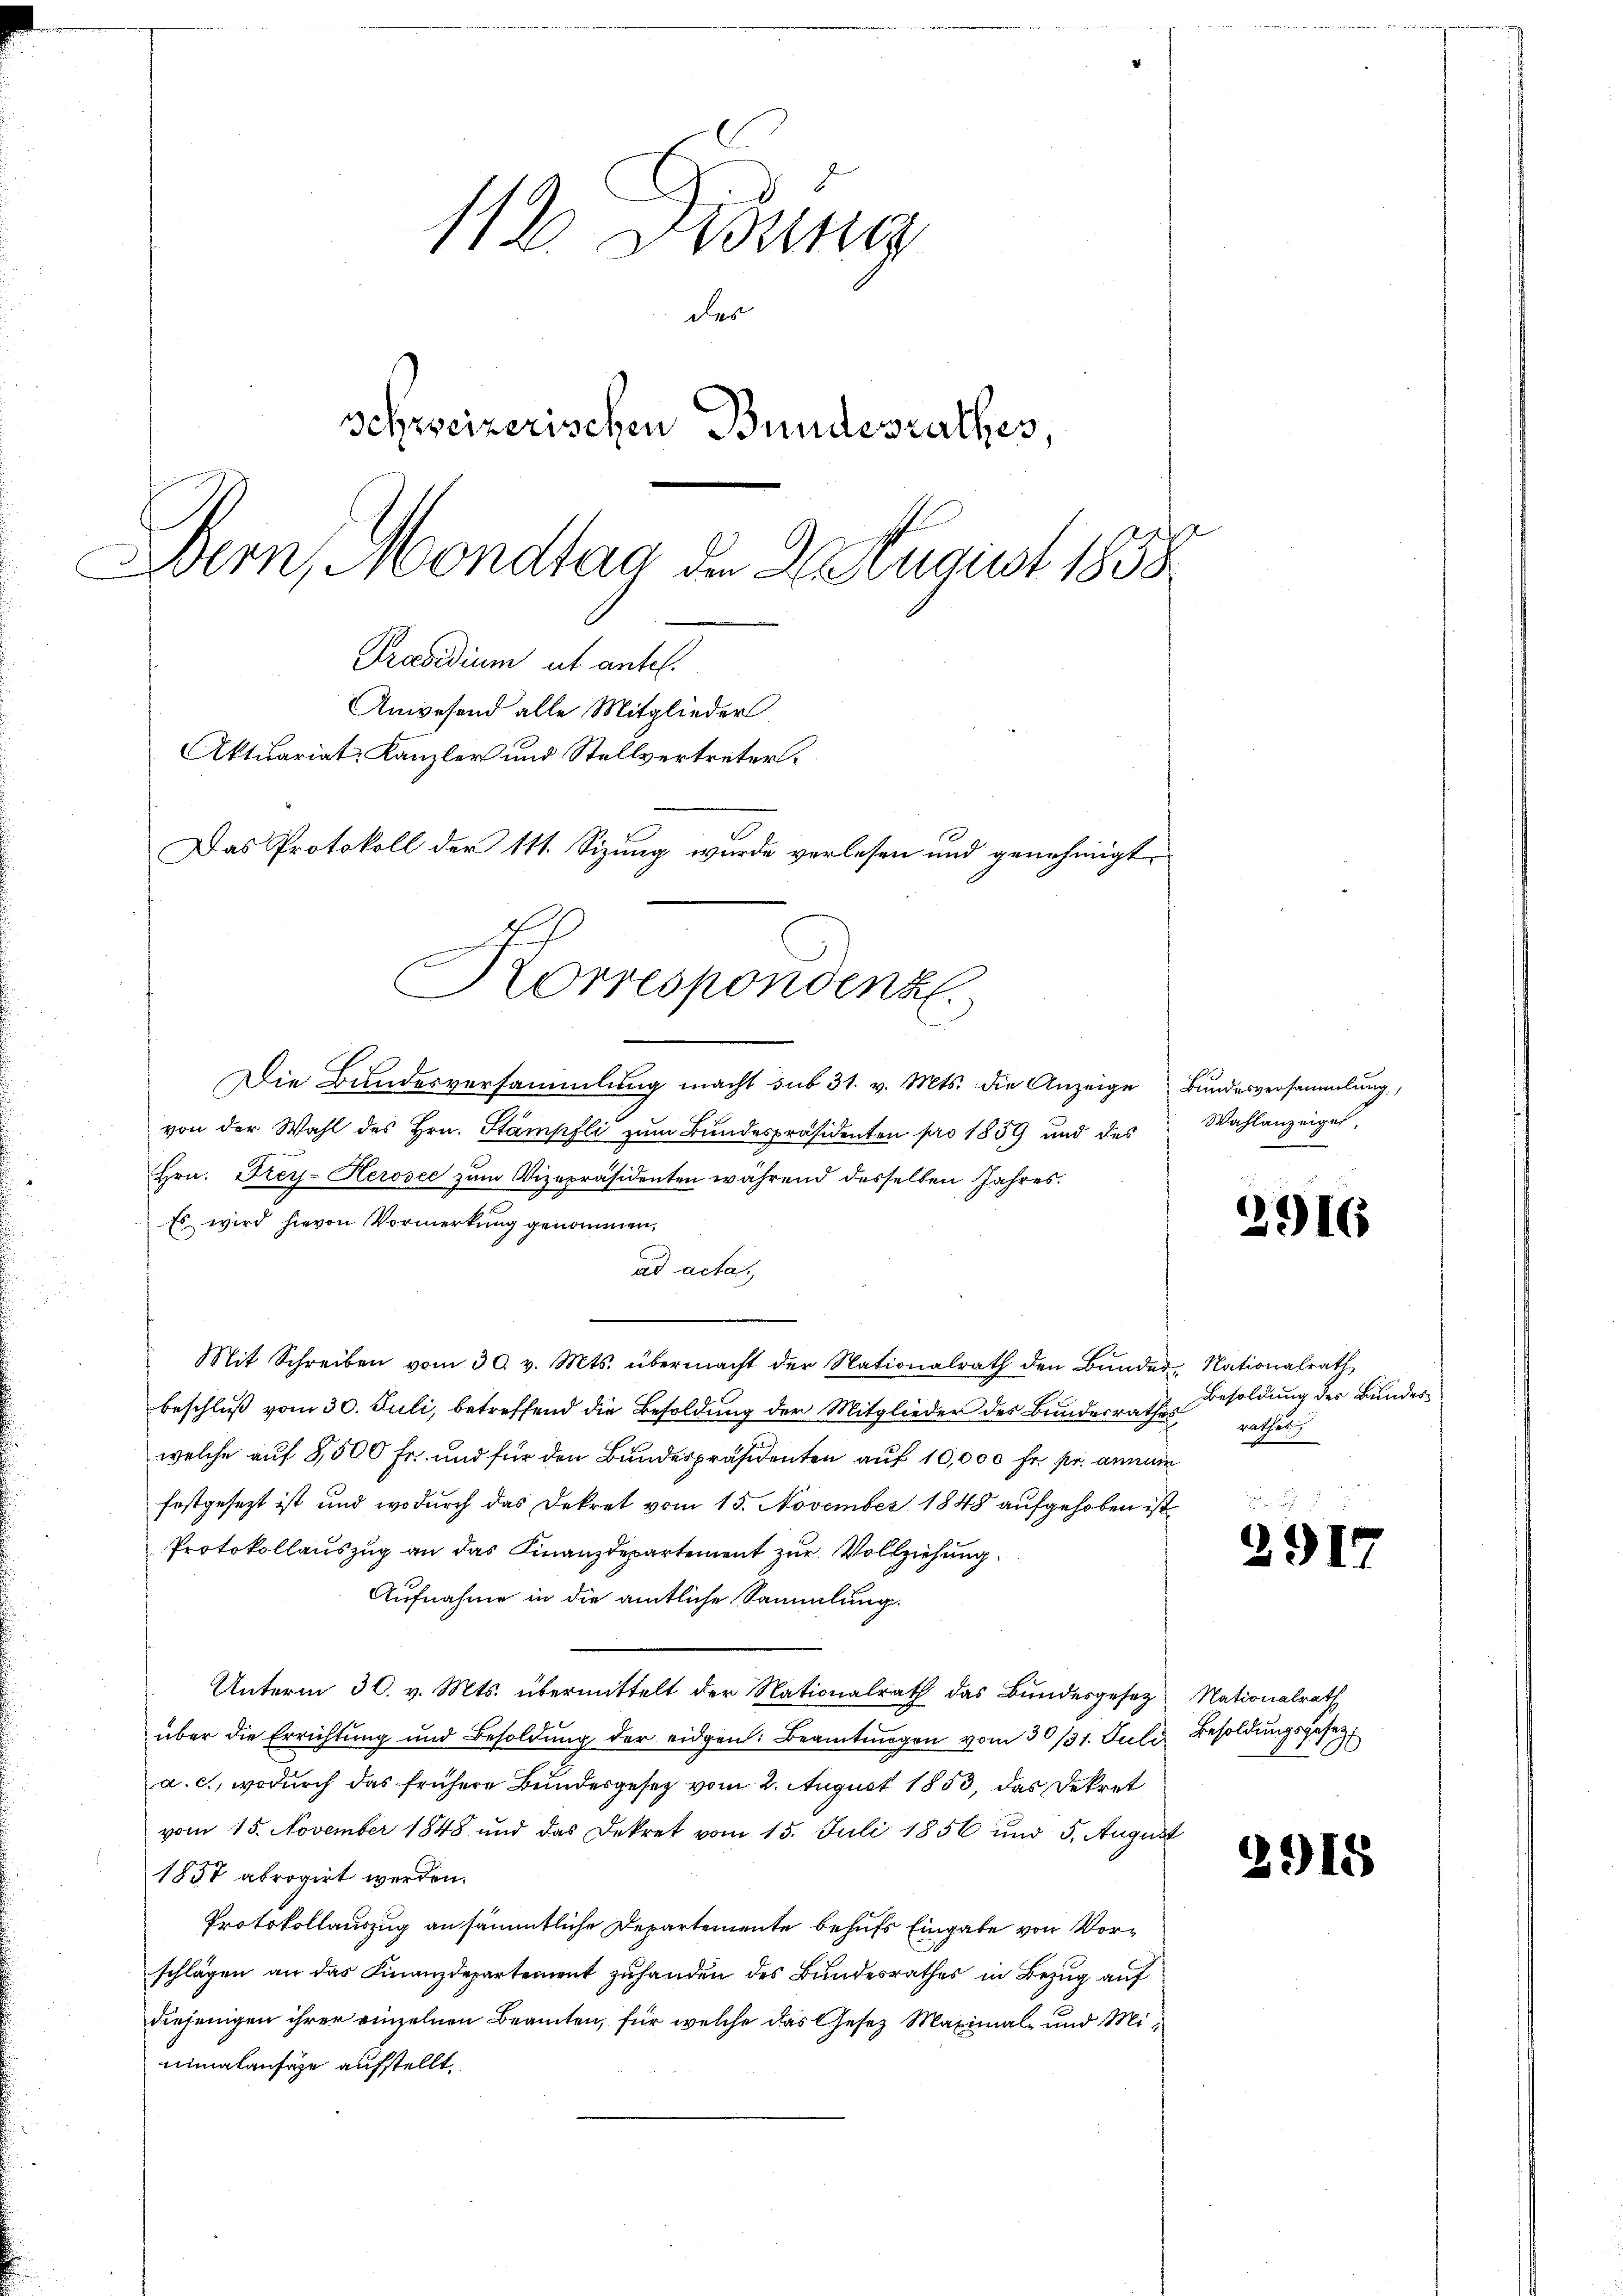
112 Didung
des
schweizerischen Bundesrathes,
Bern, Mondtag der August 1858
Præsidium ut antel.
Anwesend alle Mitglieder
Aktuariat Kanzler und Stellvertreter.
Das Protokoll der 111. Sizung wurde verlesen und genehmigt,

Korrespondenz.

Die Bundesversammlung macht sub 31. v. Mts. die Anzeige Bundesversammlung,
von der Wahl des Hrn. Stampfli zum Bundespräsidenten pro 1859 und des
Hrn. Frey- Herosee zum Vizepräsidenten während desselben Jahres.
Es wird hievon Vormerkung genommen,
ad acta.
Mit Schreiben vom 30. v. Mts. übermacht der Nationalrath den Bŭndes Nationalrath
beschluß vom 30. Juli, betreffend die Besoldung der Mitglieder des Bundesrathes
welche auf 8,500 Fr. und für den Bundespräsidenten auf 10,000 fr. pr. annun
festgesezt ist und wodurch das Dekret vom 15. November 1848 aufgehoben ist
Protokollauszug an das Finanzdepartement zur Vollziehung
Aufnahme in die amtliche Sammlung.
Unterm 30. v. Mts. übermittelt der Nationalrath das Bundesgesez Nationalrath
über die Errichtung und Besoldŭng der eidgen. Beamtmagen vom 30/31. Juli Besoldŭngsgesezt
a. c., wodurch das frühere Bundesgesetz vom 2. August 1853, das Dekret
vom 15. November 1848 und das Dekret vom 15. Juli 1856 und 5. August
1857 abrogirt werden.
Protokollauszug an sämmtliche Departemente behufs Eingabe von Vorschlägen an das Finanzdepartement zuhanden des Bundesrathes in Bezug auf
diejenigen ihrer einzelnen Beamten, für welche das Gesez Maximal- und Mininalansähe aufstellt.

Wahlanzeigel.

2916

Besoldung des Bundes-
ratheti

e
291.

2915